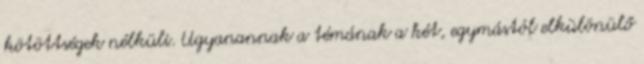
kötöttségek nélküli. Ugyanannak a témának a két, egymástól elkülönülő